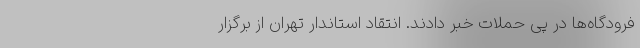
فرودگاه‌ها در پی حملات خبر دادند. انتقاد استاندار تهران از برگزار